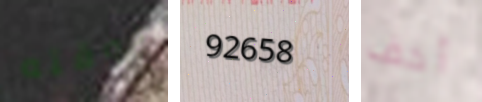
بوقته 92658 أخف